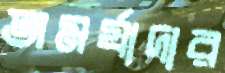
অমর্যাদার